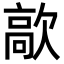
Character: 歊